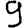
Digit: 9